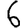
Digit: 6